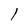
Character: 1